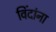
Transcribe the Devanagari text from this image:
विंदांना